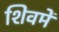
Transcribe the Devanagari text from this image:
शिवमें